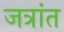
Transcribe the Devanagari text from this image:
जत्रांत